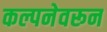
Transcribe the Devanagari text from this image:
कल्पनेवरून